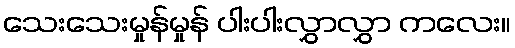
သေးသေးမှုန်မှုန် ပါးပါးလွှာလွှာ ကလေး။